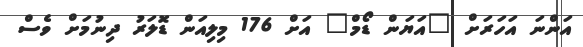
އަންނަ އަހަރަށް "އަޔަން ޑޯމް" އަށް 176 މިލިއަން ޑޮލަރު ދިނުމަށް ވެސް